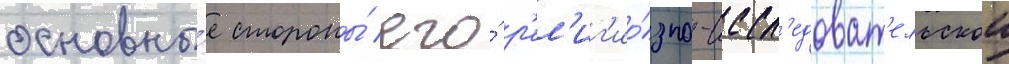
основны́е стороны́ его́ р'ел'иг'ио́зно-иссл'едоват'ельскои